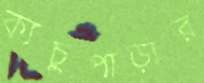
ক্যচুপাড়ার